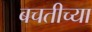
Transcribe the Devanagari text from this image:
बचतीच्या